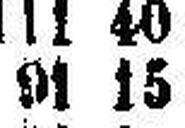
91 15